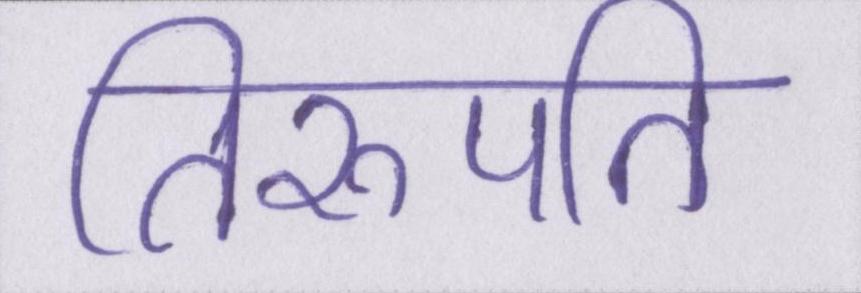
तिरुपति